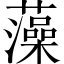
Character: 藻